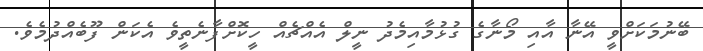
ބޭނުމަކަށްވީ އޭނާ އާއި މޯނާގެ ގުޅުމާއިމެދު ނީލް އެއްޗެއް ހީކޮށްފާނެތީވެ އެކަން ފޫބެއްދުމެވެ.